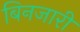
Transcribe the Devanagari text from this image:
बिनजारी